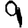
Digit: 9